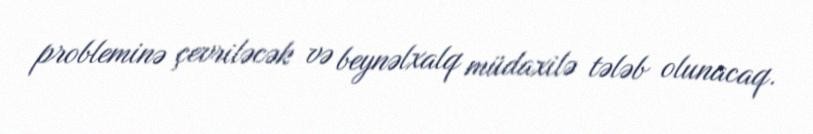
probleminə çevriləcək və beynəlxalq müdaxilə tələb olunacaq.